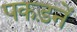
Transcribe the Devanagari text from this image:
पकड़नें